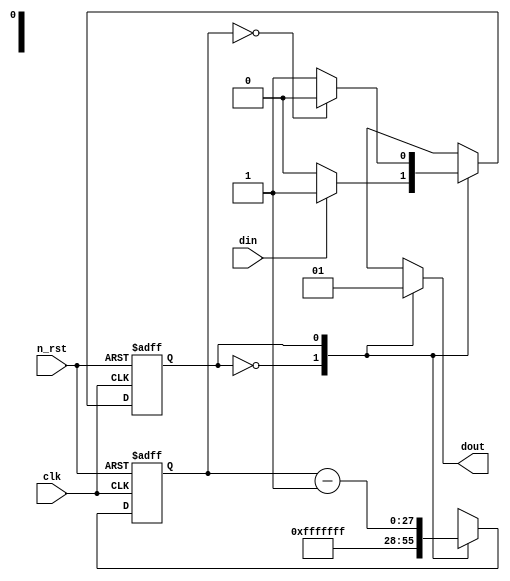
//1 clk -> 0.5sec
//2^28 * 20ns

module delay(
  clk,
  n_rst,
  din,
  dout
);

parameter N = 28;

localparam S_ZERO = 1'b0;
localparam S_WAIT = 1'b1;
  
input clk;
input n_rst;
input din;

output dout;
  
reg [N-1:0] cnt, next_cnt;
reg state, next_state;
reg level;

always @(posedge clk or negedge n_rst) begin
  if (!n_rst) begin
    state <= S_ZERO;
    cnt <= {N{1'b0}};
  end
  else begin
    state <= next_state;
    cnt <= next_cnt;
  end
end

always @(state or cnt or din or next_cnt) begin
  case (state)
    S_ZERO : begin
      next_state = (din == 1'b1)? S_WAIT : state;
      next_cnt = {N{1'b1}};
      level = 1'b0;
    end 
    S_WAIT : begin
      next_state = (cnt == {N{1'b0}})? S_ZERO : state;
      next_cnt = cnt - {{(N-1){1'b0}}, 1'b1};
      level = 1'b1;
    end
  endcase
end

assign dout = level;

endmodule